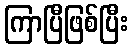
ကြာပြီဖြစ်ပြီး